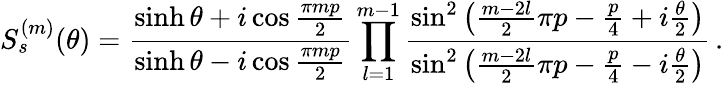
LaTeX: S_{s}^{(m)}(\theta)=\frac{\sinh\theta+i\cos\frac{\pi mp}{2}}{\sinh\theta-i\cos\frac{\pi mp}{2}}\prod_{l=1}^{m-1}\frac{\sin^{2}\left(\frac{m-2l}{2}\pi p-\frac{p}{4}+i\frac{\theta}{2}\right)}{\sin^{2}\left(\frac{m-2l}{2}\pi p-\frac{p}{4}-i\frac{\theta}{2}\right)}\, .